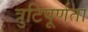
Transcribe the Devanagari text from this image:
त्रुटिपूर्णता